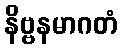
နိဗ္ဗနမာဂတံ